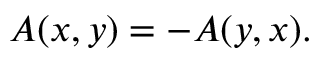
A ( x , y ) = - A ( y , x ) .